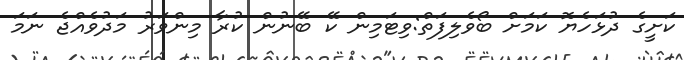
ކަށީގެ ދުޅަހެޔޮ ކަމަށް ބޯވެލިފަތް:ވިޓަމިން ކޭ ބޭނުން ކުރާ މިންވަރު މަދުވެއްޖެ ނަމަ